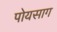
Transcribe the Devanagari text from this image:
पोयसाग